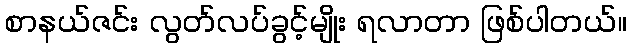
စာနယ်ဇင်း လွတ်လပ်ခွင့်မျိုး ရလာတာ ဖြစ်ပါတယ်။